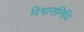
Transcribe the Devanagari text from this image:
विश्वासनिधि